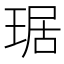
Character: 琚